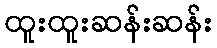
ထူးထူးဆန်းဆန်း